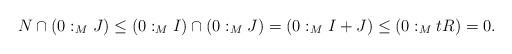
LaTeX: \begin{align*}N\cap (0 :_{M}J)&\leq (0 :_{M}I)\cap (0 :_{M}J) = (0 :_{M}I+J)\leq (0 :_{M}tR) = 0.\end{align*}